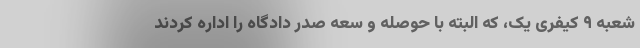
شعبه ۹ کیفری یک، که البته با حوصله و سعه صدر دادگاه را اداره کردند